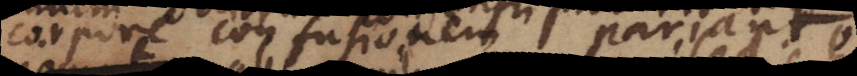
corpore confusionem pariant